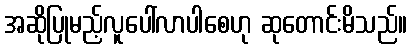
အဆိုပြုမည့်လူပေါ်လာပါစေဟု ဆုတောင်းမိသည်။